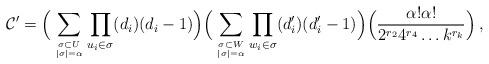
LaTeX: \begin{align*} {\cal C}' =\Big( \displaystyle\sum_{\sigma \subset U \atop |\sigma|=\alpha}\prod_{u_i \in \sigma} (d_i)(d_i-1) \Big)\Big( \displaystyle\sum_{\sigma \subset W \atop |\sigma|=\alpha}\prod_{w_i\in \sigma}(d_i')(d_i'-1) \Big)\Big( \dfrac{\alpha!\alpha!}{2^{r_2}4^{r_4}\ldots k^{r_k} } \Big)\:,\end{align*}